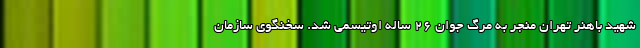
شهید باهنر تهران منجر به مرگ جوان ۲۶ ساله اوتیسمی شد. سخنگوی سازمان